Lunatic asylums Punjab 1895-1910 - 1895-1910
Year: 1895
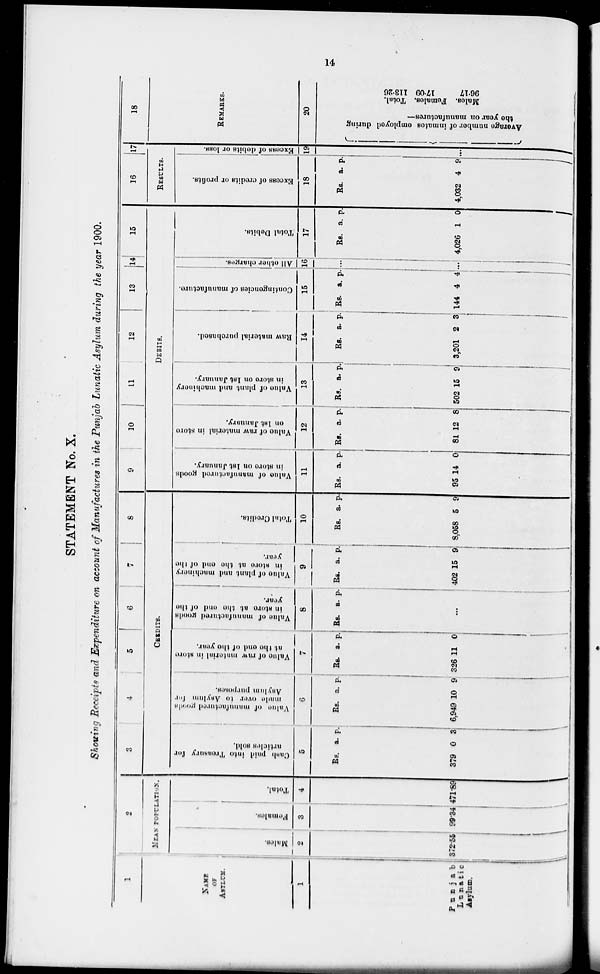
14
STATEMENT No. X.
Showing Receipts and Expenditure on account of Manufactures in the Punjab Lunatic Asylum during the year 1900.
1
NAME
OF
ASYLM.
1
Punjab
Lunatic
Asylum.
2
MEAN POPULATION.
Males.
2
372.55
Females.
3
99.34
Total.
4
471.89
3
4
5
6
7
CREDITS.
Cash paid into
Treasury for
articles sold.
5
Rs.
379
a.
0
p.
3
Value
of manufactured goods
made over to Asylum for
Asylum purposes.
6
Rs.
6,949
a.
10
p.
9
Value of raw material in store
at the and of the year.
7
Rs.
326
a.
11
p.
0
Value of manufactured goods
in store at the and of the
year.
8
Rs. a. p.
...
Value
of plant and machinery
in store at the and of the
year.
9
Rs.
402
a.
15
p.
9
Total Crodits.
10
Rs.
8,058
a.
5
p.
9
9
10
11
12
13
14 15
DEBITS.
Value
of manufactured goods
in store on 1st January.
11
Rs.
95
a.
14
p.
0
Value
of raw material in store
on 1st January.
12
RS.
81
a.
12
p.
8
Value
of plant and machinery
in store on 1st January.
13
Rs.
502
a.
15
p.
9
Raw
material purchased.
14
Rs.
3,201
a.
2
p.
3
Contingencies of manufacture.
15
Rs.
144
a.
4
p.
4
Al l other charges.
16
...
Total Debits.
17
Rs.
4,026
a.
1
p.
0
16
17
RESULTS.
Excess of credits or profits.
18
Rs.
4,032
a.
4
p.
9
Excess of debits or loss.
19
...
18
REMARKS.
20
Average number of inmates employed during
the
year on manufactures—
Total.
113.26
Females.
17.09
Males.
96.17